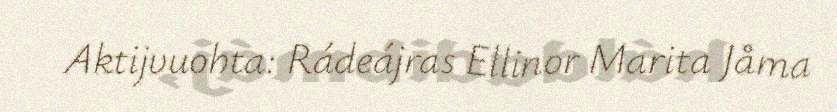
Aktijvuohta: Rádeájras Ellinor Marita Jåma